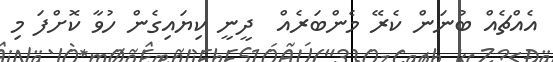
އެއްޗެއް ބުނަން ކެރޭ މެންބަރެއް  ދީނީ ކިޔައިގެން ހުވާ ކޮށްފަ މި